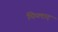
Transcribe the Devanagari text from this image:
पिप्लाद